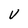
Character: V